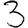
Digit: 3